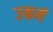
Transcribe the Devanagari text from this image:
उम्रमें